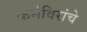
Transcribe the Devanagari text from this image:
कर्मविरांचे